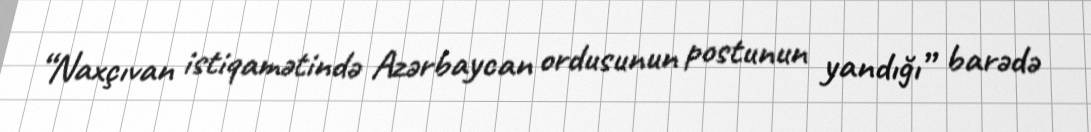
“Naxçıvan istiqamətində Azərbaycan ordusunun postunun yandığı” barədə